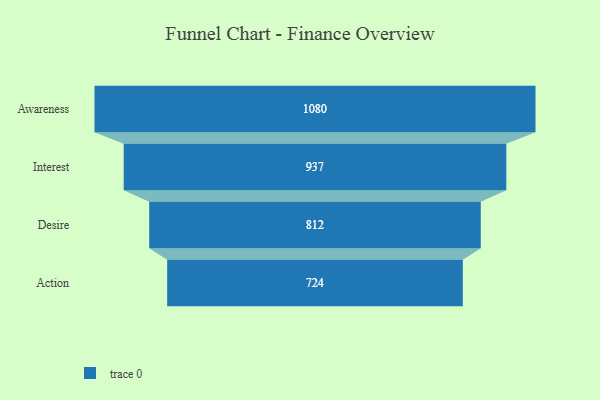
{"axis": {"x": "Stage", "y": "Value"}, "legend": [""], "data": [{"x": "Awareness", "y": 1080.0, "type": ""}, {"x": "Interest", "y": 937.0, "type": ""}, {"x": "Desire", "y": 812.0, "type": ""}, {"x": "Action", "y": 724.0, "type": ""}]}